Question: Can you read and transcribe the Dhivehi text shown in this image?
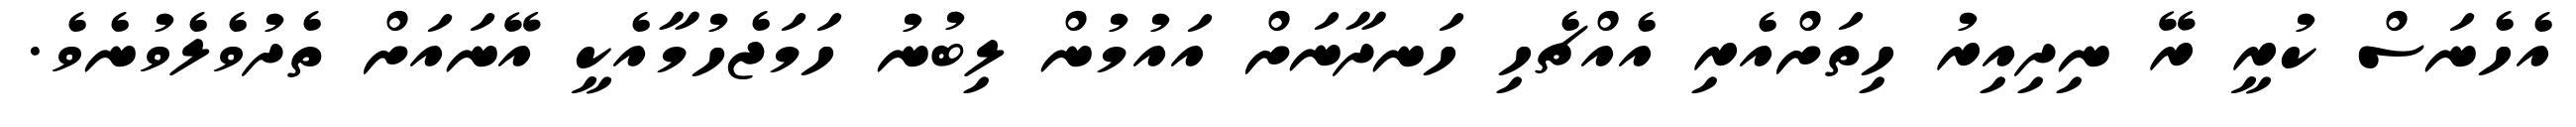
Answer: އެހެނަސް ކުރީ ރޭ ނިދިއިރު ހިތަށްއެރި އެއްޗެހި ހަނދާނަށް އައުމުން ލިބުނު ހަމަޖެހުމާއެކީ އޭނައަށް ތެދުވެލެވުނެވެ.